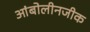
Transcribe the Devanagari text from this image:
आंबोलीनजीक